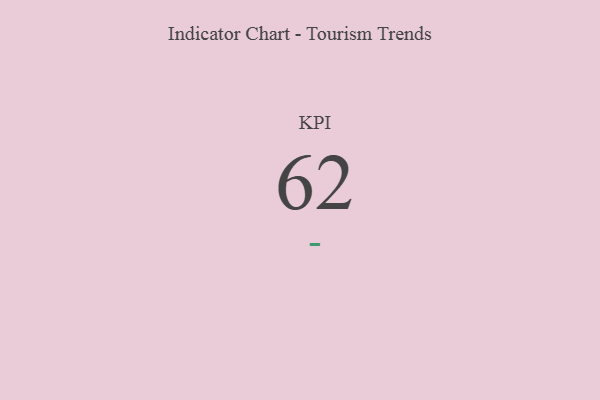
{"axis": {"x": "KPI", "y": "Value"}, "legend": [""], "data": [{"x": "KPI", "y": 62, "type": ""}]}